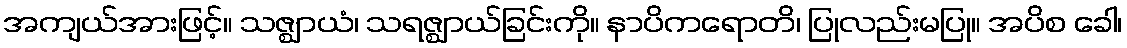
အကျယ်အားဖြင့်။ သဇ္ဈာယံ၊ သရဇ္ဈာယ်ခြင်းကို။ နာပိကရောတိ၊ ပြုလည်းမပြု။ အပိစ ခေါ၊